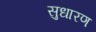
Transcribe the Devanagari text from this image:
सुधारण